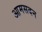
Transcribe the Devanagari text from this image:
आमसदन